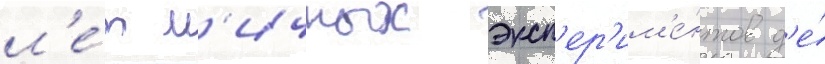
л'е́т л'ичных эксп'ер'им'е́нтов д'е́